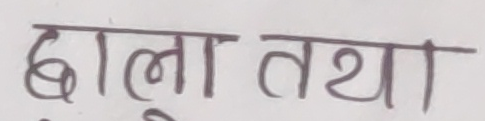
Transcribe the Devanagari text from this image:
छाला तथा